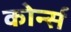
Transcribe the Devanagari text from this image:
कोर्न्स